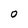
Character: 0